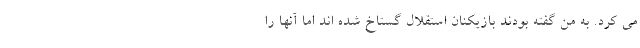
می کرد. به من گفته بودند بازیکنان استقلال گستاخ شده اند اما آنها را